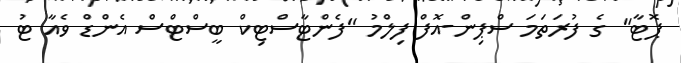
ޕޮޓާ" ގެ ފުރަތަމަ ސްޕިން-އޮފް ފިލްމު "ފެންޓާސްޓިކް ބީސްޓްސް އެންޑް ވެއާ ޓު